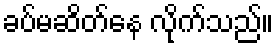
ခပ်မဆိတ်နေ လိုက်သည်။